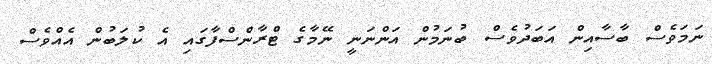
ނަމަވެސް ބާސާއިން އަބަދުވެސް ބުނަމުން އަންނަނީ ނޭމާގެ ޓްރާންސްފާގައި އެ ކުލަބުން އެއްވެސް